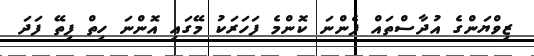
ޒިވްޔަންގެ އުދާސްތައް ފެންނަ ކޮންމެ ފަހަރަކު މޭގައި އޮންނަ ހިތް ފިތޭ ފަދަ